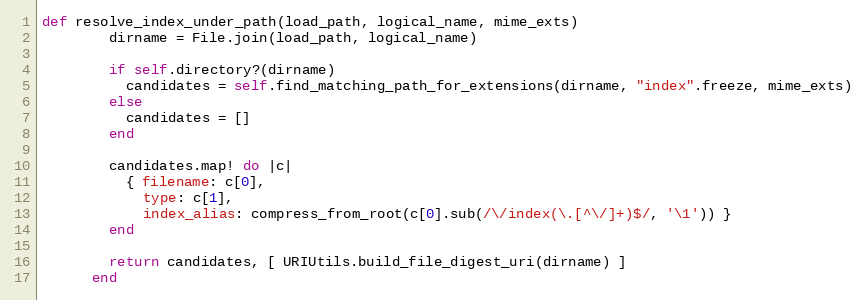
Language: Ruby
def resolve_index_under_path(load_path, logical_name, mime_exts)
        dirname = File.join(load_path, logical_name)

        if self.directory?(dirname)
          candidates = self.find_matching_path_for_extensions(dirname, "index".freeze, mime_exts)
        else
          candidates = []
        end

        candidates.map! do |c|
          { filename: c[0],
            type: c[1],
            index_alias: compress_from_root(c[0].sub(/\/index(\.[^\/]+)$/, '\1')) }
        end

        return candidates, [ URIUtils.build_file_digest_uri(dirname) ]
      end